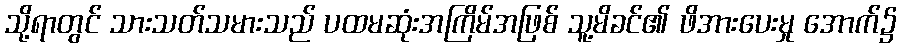
သို့ရာတွင် သားသတ်သမားသည် ပထမဆုံးအကြိမ်အဖြစ် သူ့မိခင်၏ ဖိအားပေးမှု အောက်၌